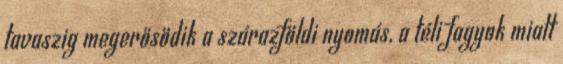
tavaszig megerősödik a szárazföldi nyomás, a téli fagyok miatt